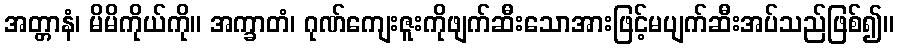
အတ္တာနံ၊ မိမိကိုယ်ကို။ အက္ခာတံ၊ ဂုဏ်ကျေးဇူးကိုဖျက်ဆီးသောအားဖြင့်မပျက်ဆီးအပ်သည်ဖြစ်၍။